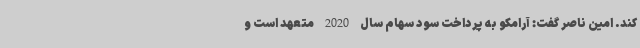
کند. امین ناصر گفت: آرامکو به پرداخت سود سهام سال 2020 متعهد است و